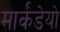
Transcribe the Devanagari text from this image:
मार्कंडेयो